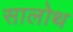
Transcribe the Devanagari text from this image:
सालोथ